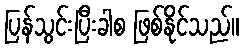
ပြန်သွင်းပြီးခါစ ဖြစ်နိုင်သည်။